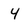
Character: 4